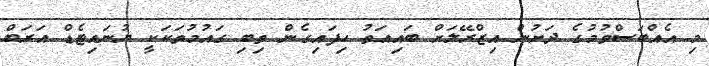
މި އެއްބަސްވުމުގެ ދަށުން އިޒްރޭލަށް ބައިއަތު ހިފައިގެން ތިބި ގައުމުތަކަކީ ޔުނައިޓެޑް އަރަބް